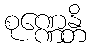
စုဏ္ဏေန္တိ